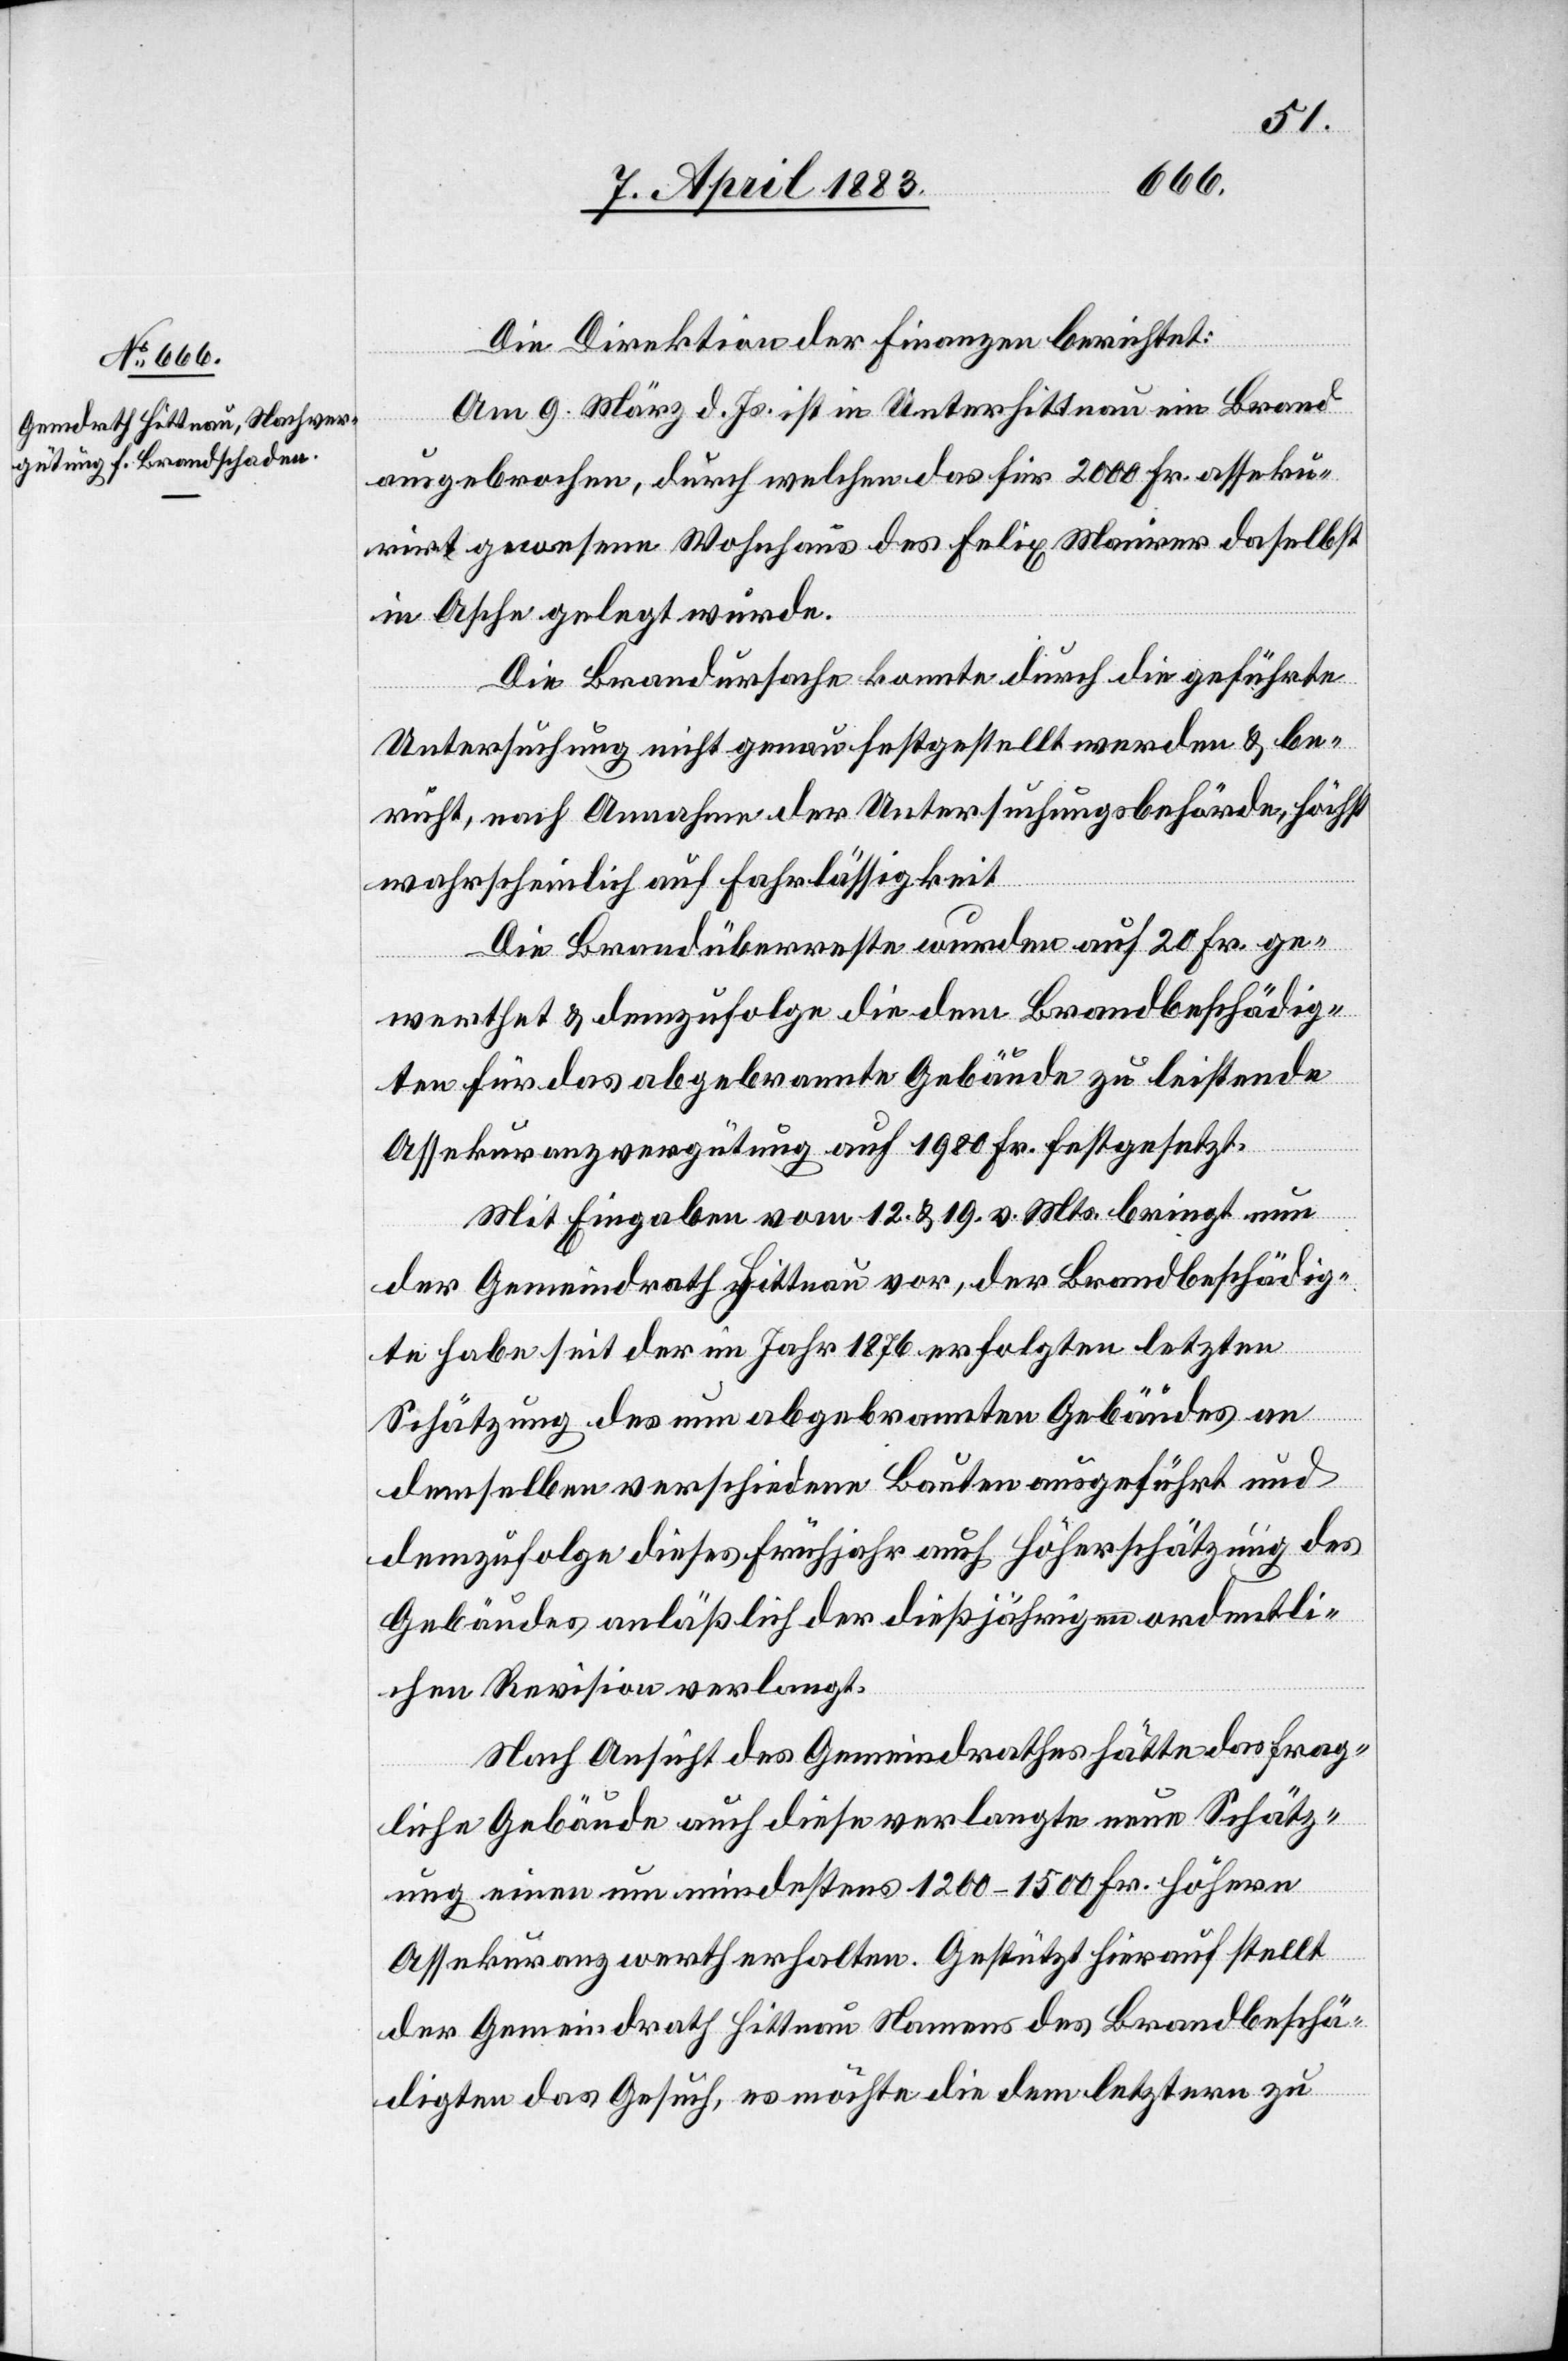
Die Direktion der Finanzen berichtet:
Am 9. März d. Js. ist in Unterhittnau ein Brand
ausgebrochen, durch welchen das für 2000 Fr. asseku¬
rirt gewesene Wohnhaus des Felix Maurer daselbst
in Asche gelegt wurde.
Die Brandursache konnte durch die geführte
Untersuchung nicht genau festgestellt werden & be¬
ruht, nach Annahme der Untersuchungsbehörde, höchst
wahrscheinlich auf Fahrlässigkeit.
Die Brandüberreste wurden auf 20 Fr. ge¬
werthet & demzufolge die dem Brandbeschädig¬
ten für das abgebrannte Gebäude zu leistende
Assekuranzvergütung auf 1980 Fr. festgesetzt.
Mit Eingabe vom 12. & 19. v. Mts. bringt nun
der Gemeindrath Hittnau vor, der Brandbeschädig¬
te habe seit der im Jahr 1876 erfolgten letzten
Schätzung des nun abgebrannten Gebäudes an
demselben verschiedene Bauten ausgeführt und
demzufolge dieses Frühjahr auch Höherschätzung des
Gebäudes anläßlich der dießjährigen ordentli¬
chen Revision verlangt.
Nach Ansicht des Gemeindrathes hätte das frag¬
liche Gebäude auch diese verlangte neue Schätz¬
ung einen um mindestens 1200–1500 Fr. höhern
Assekuranzwerth erhalten. Gestützt hierauf stellt
der Gemeindrath Hittnau Namens des Brandbeschä¬
digten das Gesuch, es möchte die dem letztern zu